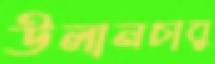
উলানচাবু